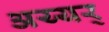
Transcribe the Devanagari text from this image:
अय्यर्